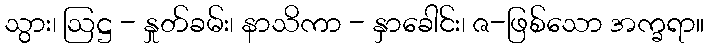
သွား၊ ဩဋ္ဌ - နှုတ်ခမ်း၊ နာသိကာ - နှာခေါင်း၊ ဇ-ဖြစ်သော အက္ခရာ။